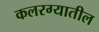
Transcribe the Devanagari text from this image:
कलरग्यातील